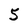
Character: 5